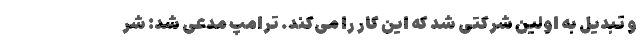
و تبدیل به اولین شرکتی شد که این کار را می‌کند. ترامپ مدعی شد: شر